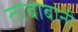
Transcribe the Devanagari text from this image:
ताबाबानी